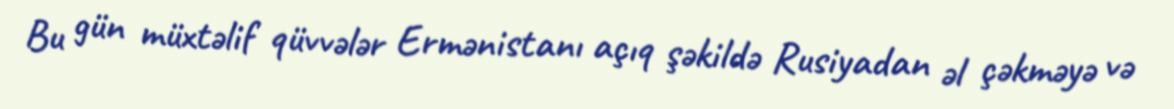
Bu gün müxtəlif qüvvələr Ermənistanı açıq şəkildə Rusiyadan əl çəkməyə və